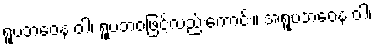
ရူပဘဝေန ဝါ၊ ရူပဘဝဖြင့်လည်းကောင်း။ အရူပဘဝေန ဝါ၊